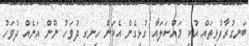
ބަނގުރާފުޅިތައް އުކި މައްސަލައާ ގުޅިގެން އެކަން ހިނގި ދުވަހު ނޫން އަނެއް ދުވަހު